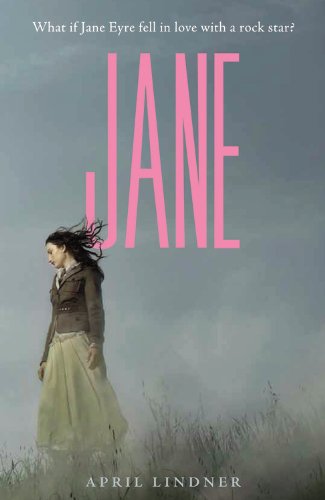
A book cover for Jane; April Lindner; Teen & Young Adult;